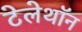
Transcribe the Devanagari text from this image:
टेलेथॉन